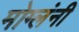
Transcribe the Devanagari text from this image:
मोग्लंनी